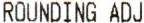
ROUNDING ADJ